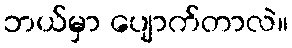
ဘယ်မှာ ပျောက်တာလဲ။